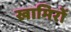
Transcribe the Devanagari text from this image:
खामिरों